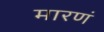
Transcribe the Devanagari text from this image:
मारणं